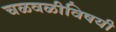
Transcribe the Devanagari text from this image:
चळवळीविषयी